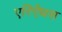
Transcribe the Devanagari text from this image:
एरिऐंथस